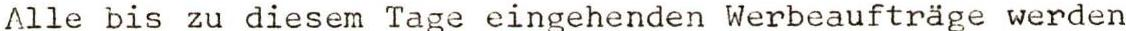
Alle bis zu diesem Tage eingehenden Werbeaufträge werden